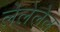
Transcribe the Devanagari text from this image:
लेलेलेल